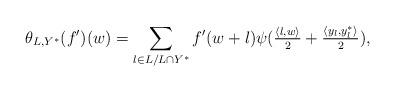
LaTeX: \begin{align*}\theta_{L, Y^{\ast}}(f')( w)=\sum_{l\in L/L\cap Y^{\ast}} f'( w+l)\psi(\tfrac{\langle l, w\rangle}{2}+\tfrac{\langle y_{l}, y^{\ast}_l\rangle}{2}), \end{align*}